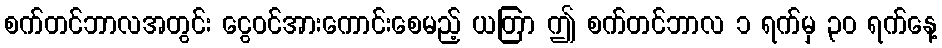
စက်တင်ဘာလအတွင်း ငွေဝင်အားကောင်းစေမည့် ယတြာ ဤ စက်တင်ဘာလ ၁ ရက်မှ ၃၀ ရက်နေ့